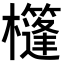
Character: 𣠑